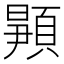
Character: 𬱉